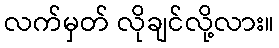
လက်မှတ် လိုချင်လို့လား။